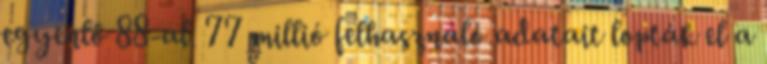
egyenlő 88-al. 77 millió felhasználó adatait lopták el a